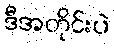
ဒီအတိုင်းပဲ